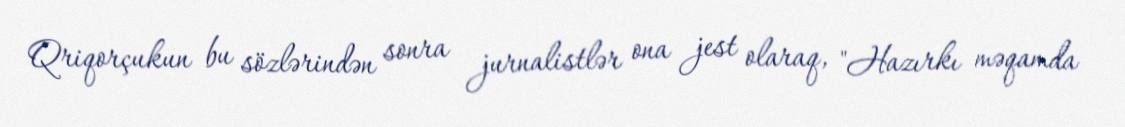
Qriqorçukun bu sözlərindən sonra jurnalistlər ona jest olaraq, "Hazırkı məqamda